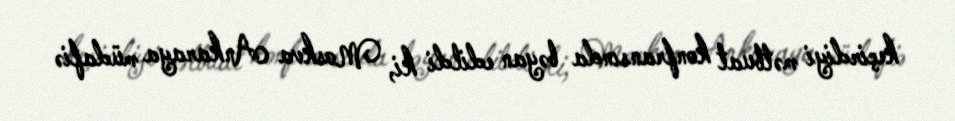
keçirdiyi mətbuat konfransında bəyan edildi ki, Moskva Ankaraya müdafiə